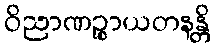
ဝိညာဏဉ္စာယတနန္တိ